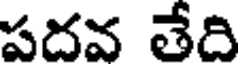
పదవ తేది